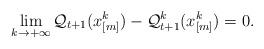
LaTeX: \begin{align*}\displaystyle \lim_{k \rightarrow +\infty} \mathcal{Q}_{t+1}(x_{[m]}^{k})-\mathcal{Q}_{t+1}^{k}(x_{[m]}^{k} )=0.\end{align*}